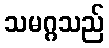
သမဂ္ဂသည်